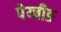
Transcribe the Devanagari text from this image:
पेय्चीङ